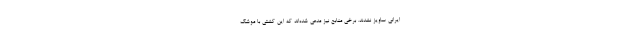
ایرانی ساویز نشدند. برخی منابع نیز مدعی شده‌اند که این کشتی با موشک